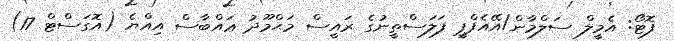
ފޮޓޯ: އެމީލް ސަލްމާން/އޭއެފްޕީ ފަލަސްތީނުގެ ރައީސް މަޙްމޫދު ޢައްބާސް އިއްޔެ (އޮގަސްޓް 17)